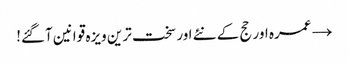
→ عمرہ اور حج کے نئے اور سخت ترین ویزہ قوانین آگئے!